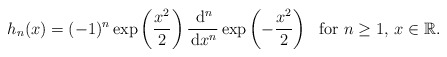
\begin{align*} h_n (x)=(-1)^n\exp \left( \frac{x^2}{2}\right)\frac{\, \mathrm{d}^n}{\,\mathrm{d} x^n}\exp\left(-\frac{x^2}{2}\right)~~\mbox{for $n\ge1$, $x\in\mathbb{R}$.}\end{align*}